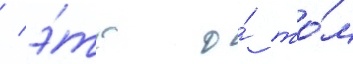
/ э́то о́ то́м